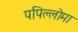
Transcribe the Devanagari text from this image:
पपिल्लोमा